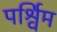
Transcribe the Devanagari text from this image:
पर्श्विम